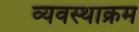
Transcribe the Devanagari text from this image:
व्यवस्थाक्रम